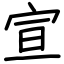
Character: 宣